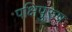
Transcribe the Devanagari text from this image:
पक्षिपुरुष